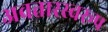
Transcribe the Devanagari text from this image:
अवतारस्वरूप